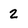
Character: 2